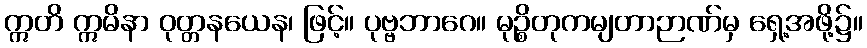
ဣတိ ဣမိနာ ဝုတ္တနယေန၊ ဖြင့်။ ပုဗ္ဗဘာဂေ။ မုဉ္စိတုကမျတာဉာဏ်မှ ရှေ့အဖို့၌။